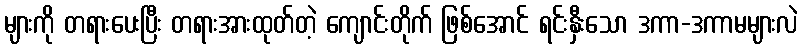
များကို တရားပေးပြီး တရားအားထုတ်တဲ့ ကျောင်းတိုက် ဖြစ်အောင် ရင်းနှီးသော ဒကာ-ဒကာမများလဲ